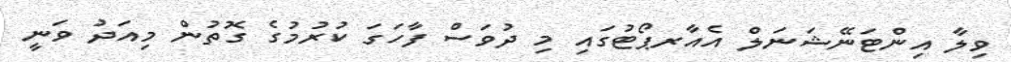
ވިލާ އިންޓަނޭޝަނަލް އެއާރޕޯޓުގައި މި ދުވަސް ފާހަގަ ކުރުމުގެ ގޮތުން މިއަދު ވަނީ